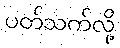
ပတ်သက်လို့